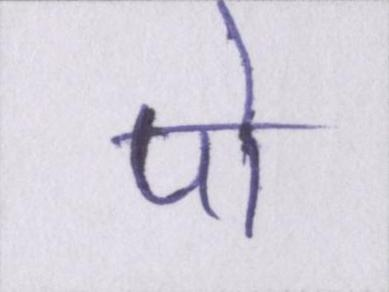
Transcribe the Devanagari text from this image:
पो